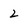
Character: 2